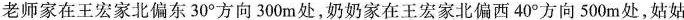
老师家在王宏家北偏东30°方向300m处，奶奶家在王宏家北偏西40°方向500m处，姑姑